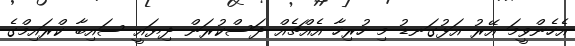
އެހެންވީމަ އޭރު އަޅުގަނޑު މި ހުރިހާ އެއްޗެއް ދަސްކުރަން ދިޔައީ ސައިބާ ކްރައިމްގެ